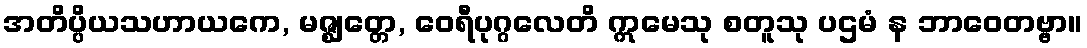
အတိပ္ပိယသဟာယကေ, မဇ္ဈတ္တေ, ဝေရီပုဂ္ဂလေတိ ဣမေသု စတူသု ပဌမံ န ဘာဝေတဗ္ဗာ။